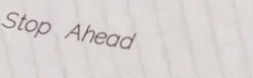
Stop Ahead